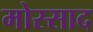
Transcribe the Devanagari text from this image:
मोस्साद